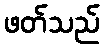
ဖတ်သည်